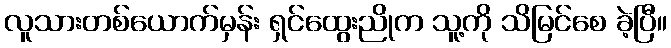
လူသားတစ်ယောက်မှန်း ရှင်ထွေးညိုက သူ့ကို သိမြင်စေ ခဲ့ပြီ။